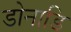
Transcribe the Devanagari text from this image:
डोनाडि